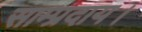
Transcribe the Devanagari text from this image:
साम्प्रदाय।